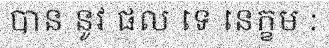
បាន នូវ ផល ទេ នេក្ខម :